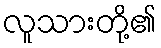
လူသားတို့၏